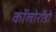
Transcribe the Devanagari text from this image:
कॉलोरॉडो